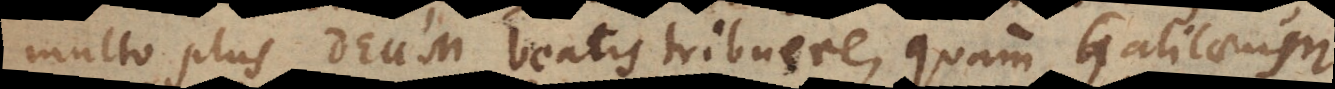
multo plus Deum beatis tribuere, quam Galilaeum